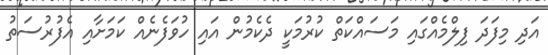
އަދި މިފަދަ ފިލްމެއްގައި މަސައްކަތް ކުރުމަކީ ދެކެމުން އައި ހުވަފެނެއް ކަމަށާއި އެފުރުސަތު